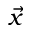
\vec { x }